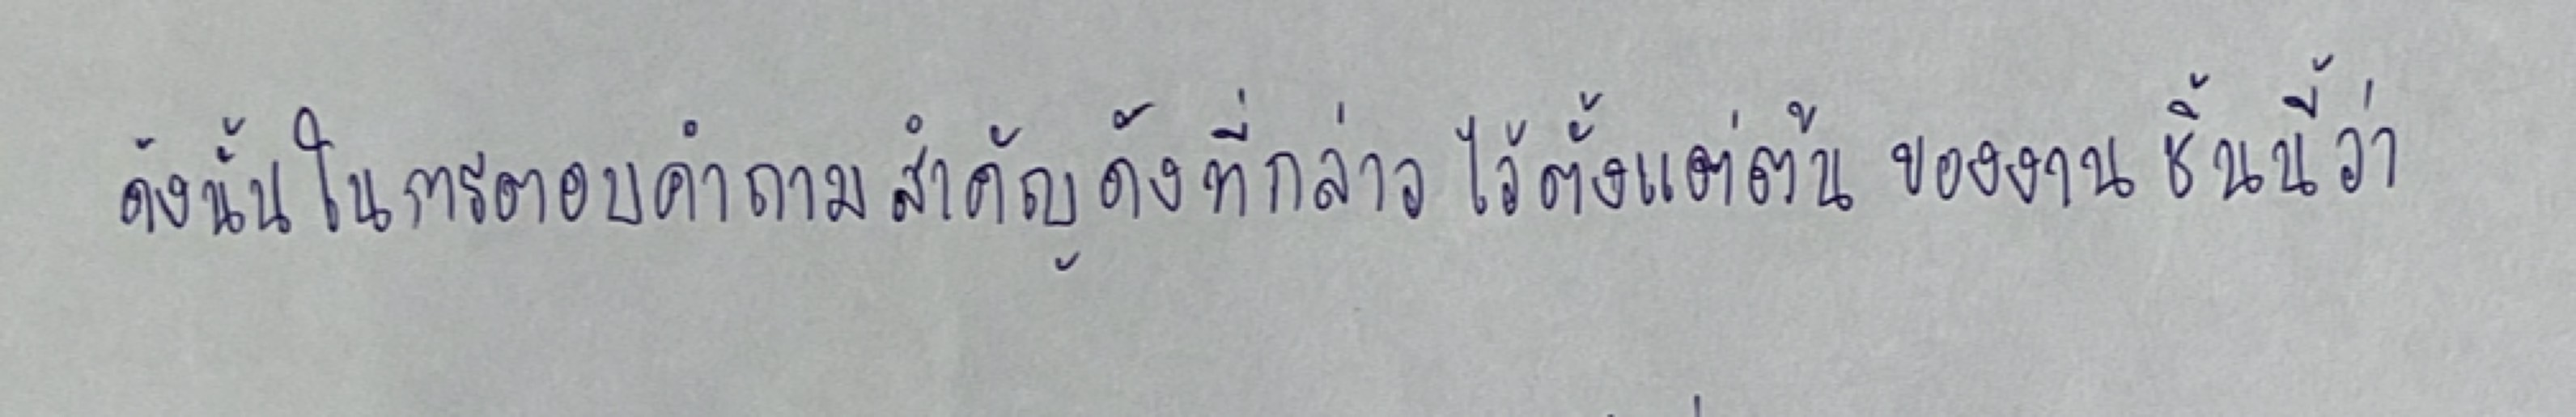
ดังนั้นในการตอบคำถามสำคัญดังที่กล่าวไว้ตั้งแต่ต้นของงานชิ้นนี้ว่า